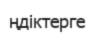
ңдіктерге